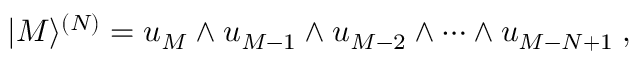
| M \rangle ^ { ( N ) } = u _ { M } \wedge u _ { M - 1 } \wedge u _ { M - 2 } \wedge \dots \wedge u _ { M - N + 1 } \; ,